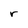
Character: r